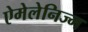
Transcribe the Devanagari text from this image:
ऐमेलेनिज्म